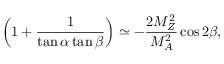
\left( 1 + \frac { 1 } { \tan \alpha \tan \beta } \right) \simeq - \frac { 2 M _ { Z } ^ { 2 } } { M _ { A } ^ { 2 } } \cos 2 \beta ,